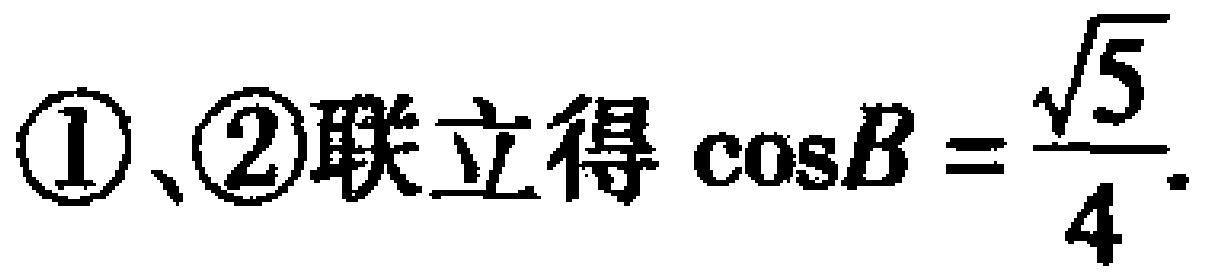
\textcircled{1}、\textcircled{2}联立得\(\cos B = \dfrac{\sqrt{5}}{4}\).